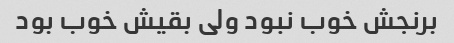
برنجش خوب نبود ولی بقیش خوب بود